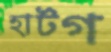
হার্টগ